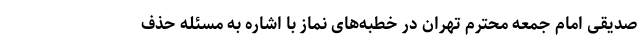
صدیقی امام جمعه محترم تهران در خطبه‌های نماز با اشاره به مسئله حذف